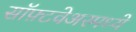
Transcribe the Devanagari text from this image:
सॉफ़्टवेअरमध्ये